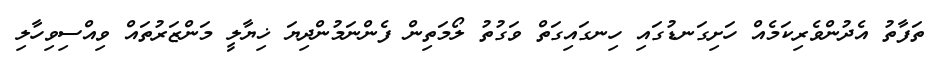
ތަފާތު އެދުންވެރިކަމެއް ހަށިގަނޑުގައި ހިނގައިގަތް ވަގުތު ލޯމަތިން ފެންނަމުންދިޔަ ޚިޔާލީ މަންޒަރުތައް ވިއްސިވިހާލި